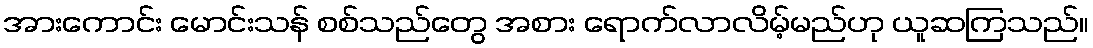
အားကောင်း မောင်းသန် စစ်သည်တွေ အစား ရောက်လာလိမ့်မည်ဟု ယူဆကြသည်။